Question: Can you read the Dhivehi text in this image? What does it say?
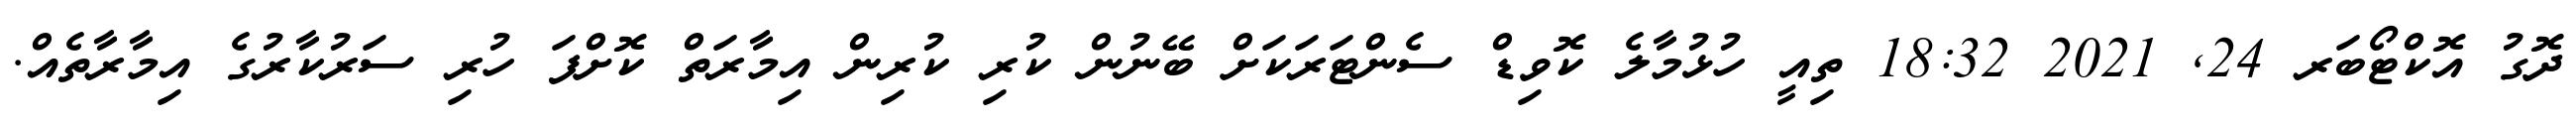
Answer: ދޮގު އޮކްޓޯބަރ 24, 2021 18:32 ތިއީ ހުޅުމާލެ ކޮވިޑް ސެންޓަރަކަށް ބޭނުން ކުރި ކުރިން އިމާރަތް ކޮށްފަ ހުރި ސަރުކާރުގެ އިމާރާތެއް.